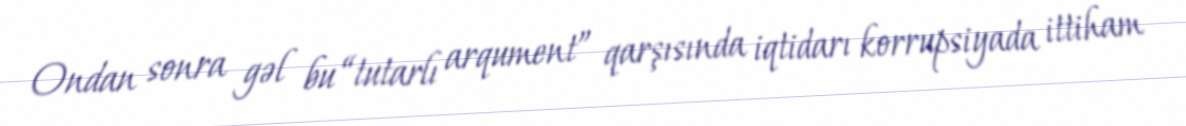
Ondan sonra gəl bu “tutarlı arqument” qarşısında iqtidarı korrupsiyada ittiham